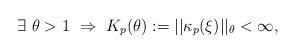
LaTeX: \begin{align*} \exists \ \theta > 1 \ \Rightarrow \ K_p(\theta) := ||\kappa_p(\xi)||_{\theta} < \infty,\end{align*}